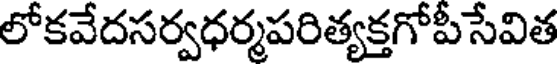
లోకవేదసర్వధర్మపరిత్యక్తగోపీసేవిత